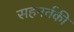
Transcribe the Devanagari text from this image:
सहनर्तकी